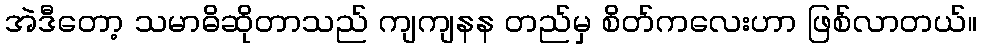
အဲဒီတော့ သမာဓိဆိုတာသည် ကျကျနန တည်မှ စိတ်ကလေးဟာ ဖြစ်လာတယ်။